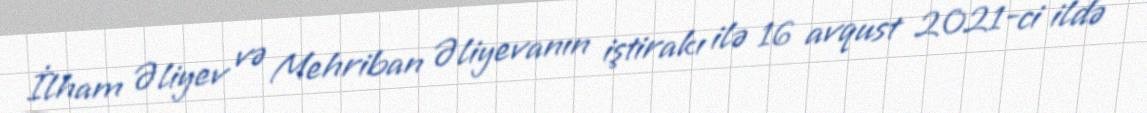
İlham Əliyev və Mehriban Əliyevanın iştirakı ilə 16 avqust 2021-ci ildə